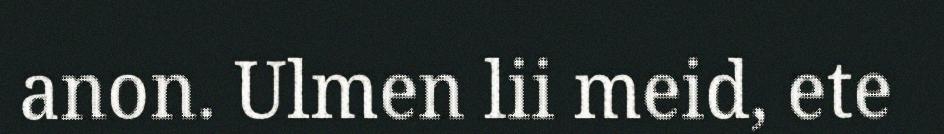
anon. Ulmen lii meid, ete